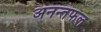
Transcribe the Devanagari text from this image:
अनन्तफल